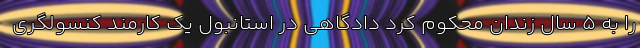
را به 5 سال زندان محکوم کرد دادگاهی در استانبول یک کارمند کنسولگری